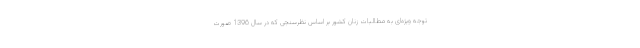
توجه ویژه‌ای به مطالبات زنان کشور بر اساس نظرسنجی که در سال 1396 صورت